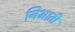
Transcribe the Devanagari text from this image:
निभातीं